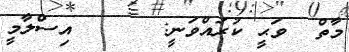
މާތް  ވަޙީ ކުރައްވަނީ:      އިސްލާމީ